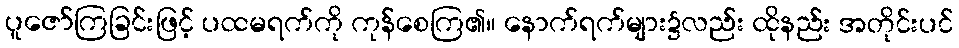
ပူဇော်ကြခြင်းဖြင့် ပထမရက်ကို ကုန်စေကြ၏။ နောက်ရက်များ၌လည်း ထိုနည်း အတိုင်းပင်